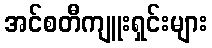
အင်စတီကျူးရှင်းများ